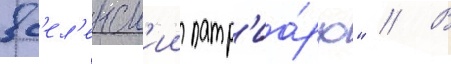
вс'ел'енск'ии патр'иа́рх" // В